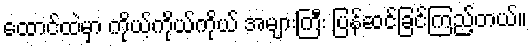
ထောင်ထဲမှာ ကိုယ့်ကိုယ်ကိုယ် အများကြီး ပြန်ဆင်ခြင်ကြည့်တယ်။